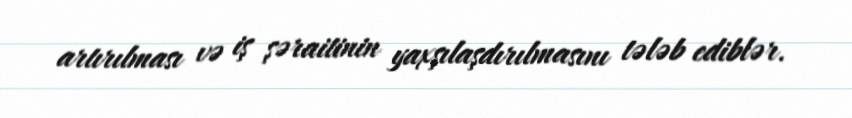
artırılması və iş şəraitinin yaxşılaşdırılmasını tələb ediblər.